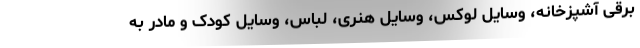
برقی آشپزخانه، وسایل لوکس، وسایل هنری، لباس، وسایل کودک و مادر به